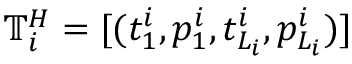
\mathbb { T } _ { i } ^ { H } = [ ( t _ { 1 } ^ { i } , p _ { 1 } ^ { i } , t _ { L _ { i } } ^ { i } , p _ { L _ { i } } ^ { i } ) ]